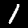
Digit: 1